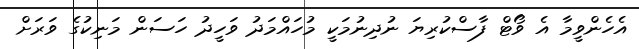
އެހެންވީމާ އެ ވޯޓް ފާސްކުރިޔަ ނުދިނުމަކީ މުހައްމަދު ވަހީދު ހަސަން މަނިކުގެ ވަރަށް